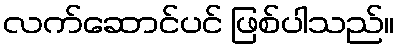
လက်ဆောင်ပင် ဖြစ်ပါသည်။